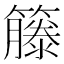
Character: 籐